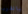
بالقرب